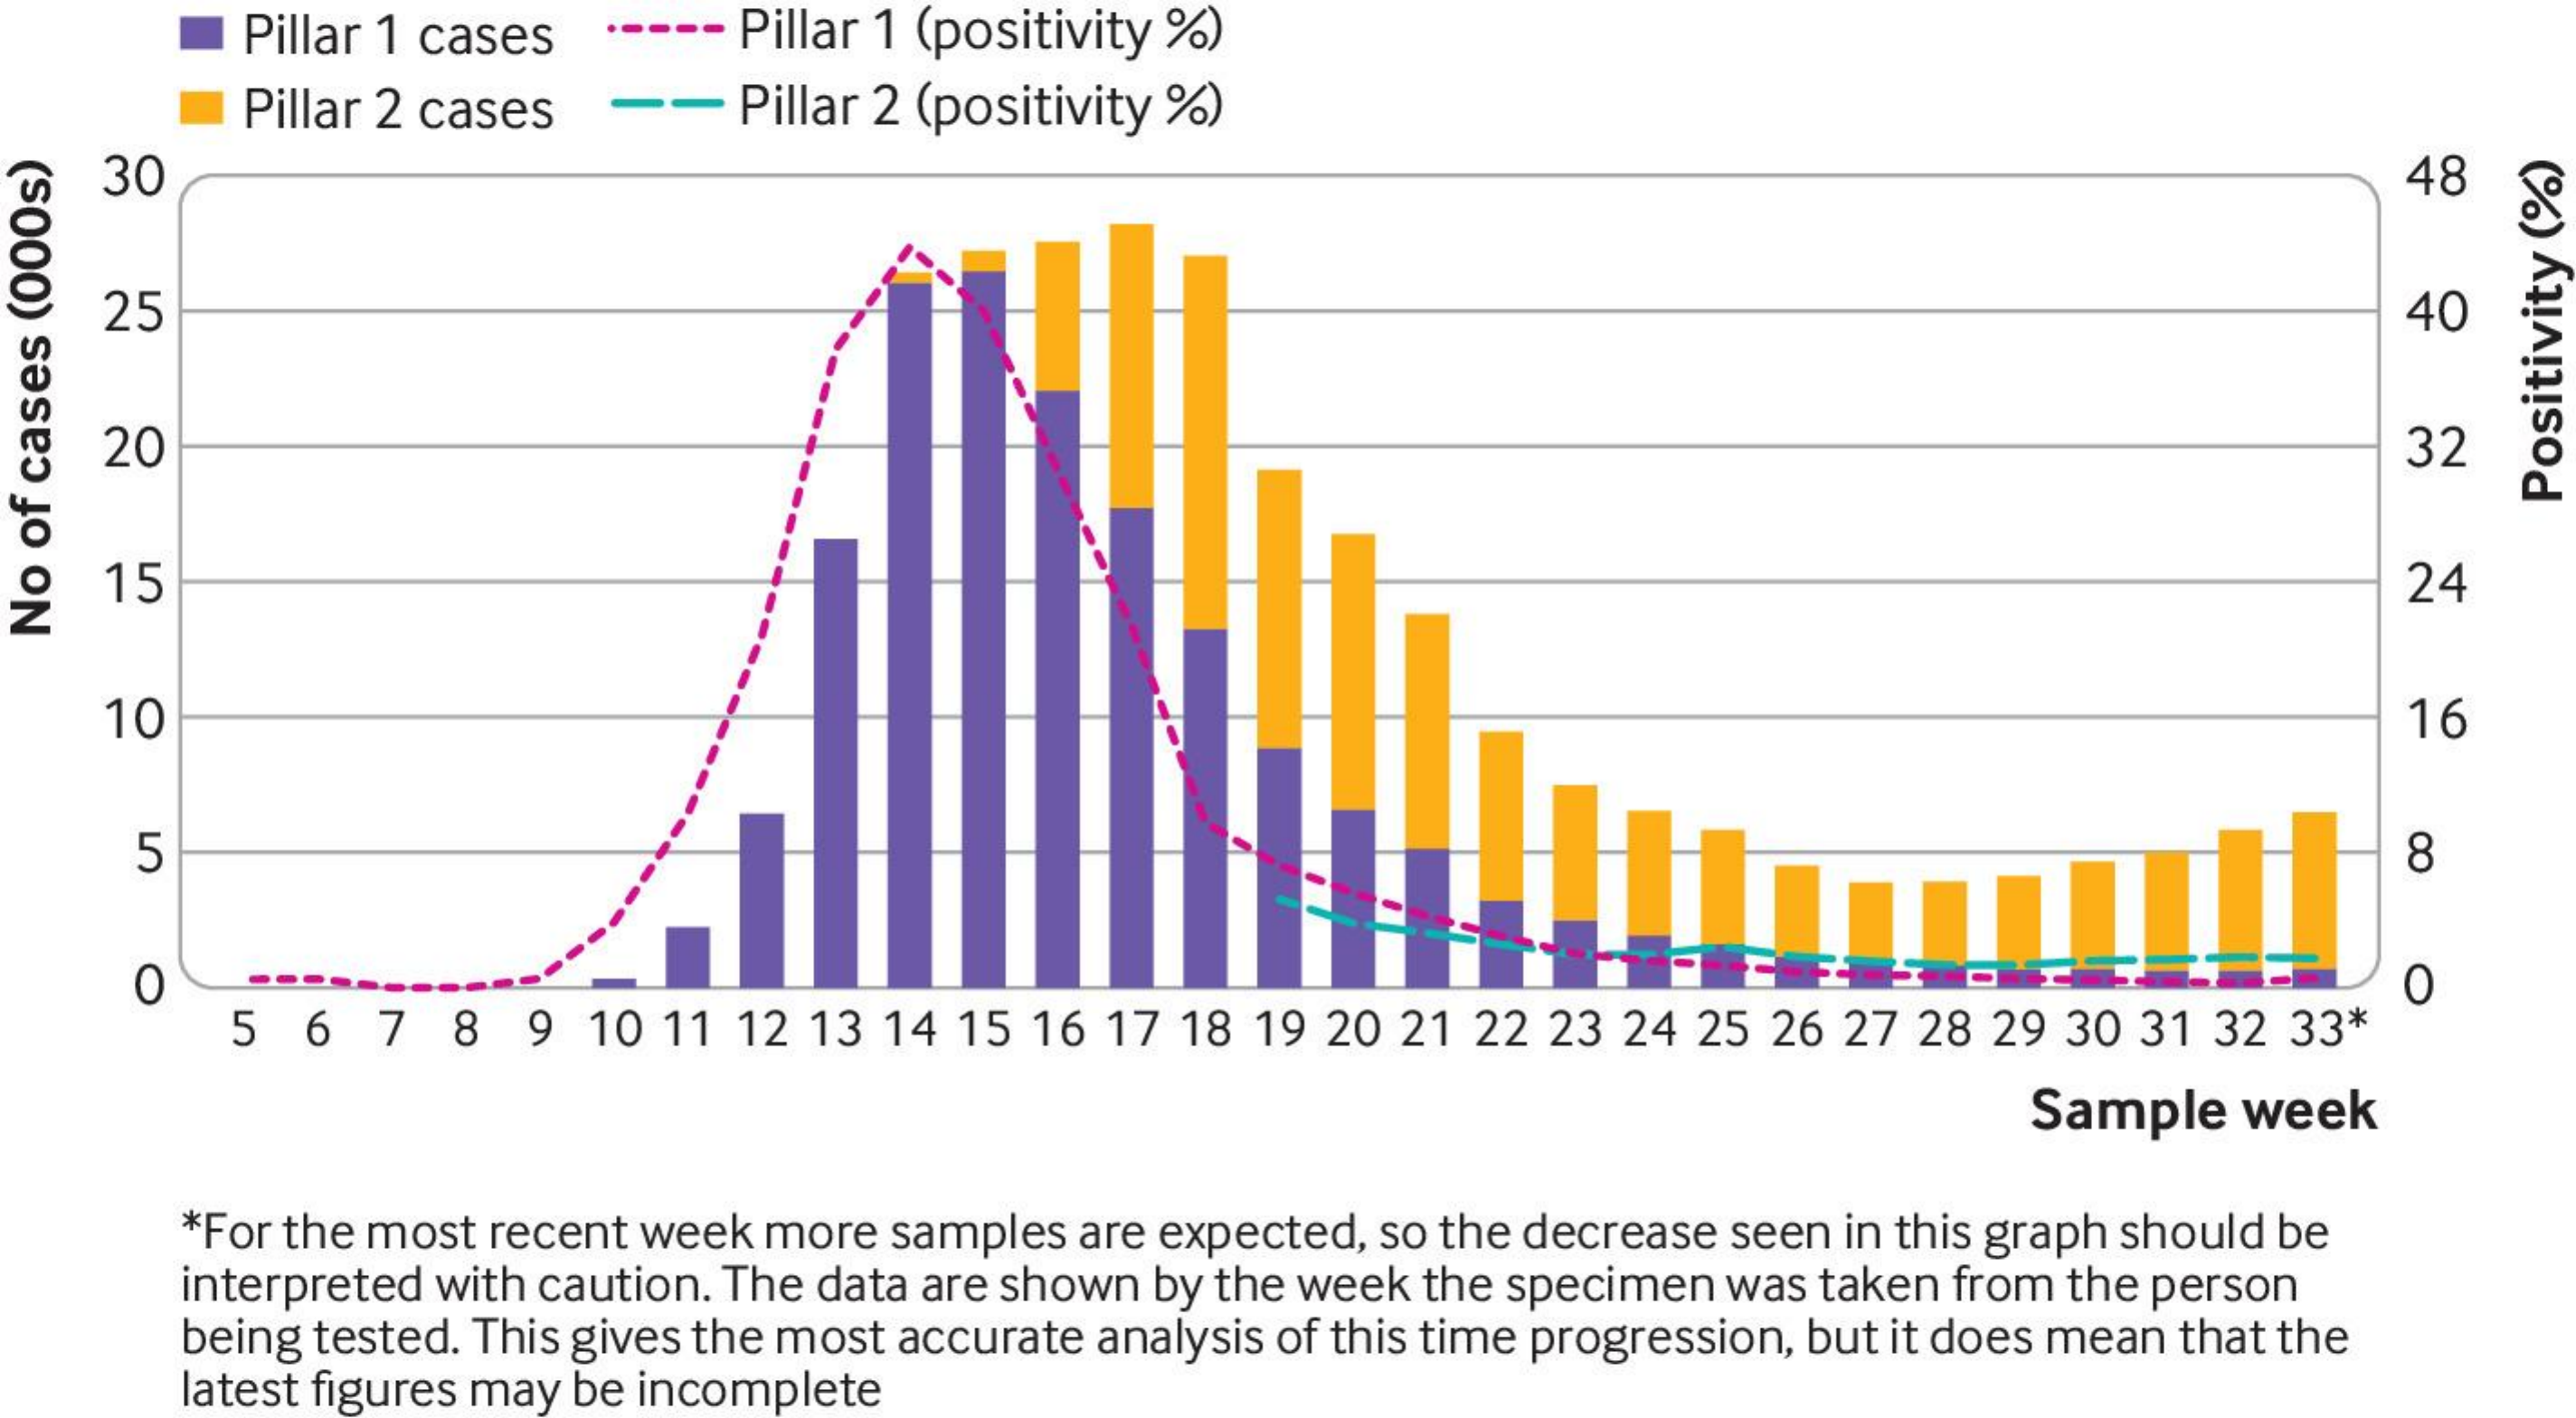
Pillar 1 cases .---- Pillar 1 (positivity %)
     Pillar 2 cases --  Pillar 2 (positivity %)
     30    48
     25    40
    20    32
     Positivity
     (%)
     15    24 No
  of
  cases
  (000s)
     10    16
     5    8
     0
     5 6  7  8  9  10 11 12 13 14 15 16 17 18 19 20 21 22 23 24 25 26 27 28 29 30 31 32 33*
     0
     Sample  week
     *For the most recent week more samples are expected, so the decrease seen in this graph should be
     interpreted with caution. The data are shown by the week the specimen was taken from the person
     being tested. This gives the most accurate analysis of this time progression, but it does mean that the
     latest figures may be incomplete